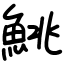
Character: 鮡